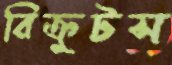
রিক্রুটস